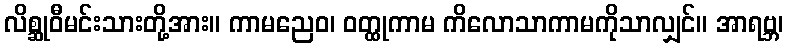
လိစ္ဆုဝီမင်းသားတို့အား။ ကာမညေဝ၊ ဝတ္ထုကာမ ကိလောသာကာမကိုသာလျှင်။ အာရဗ္ဘ၊